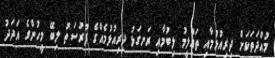
މުއްދަތަކަށް ދިރިއުޅުމާއި ތައުލީމު ލިބުމާއި ރަނގަޅު ދިރިއުޅުމެއްގެ ފުރުސަތު ލިބޭ މީހުންގެ އަދަދު